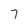
Character: 7